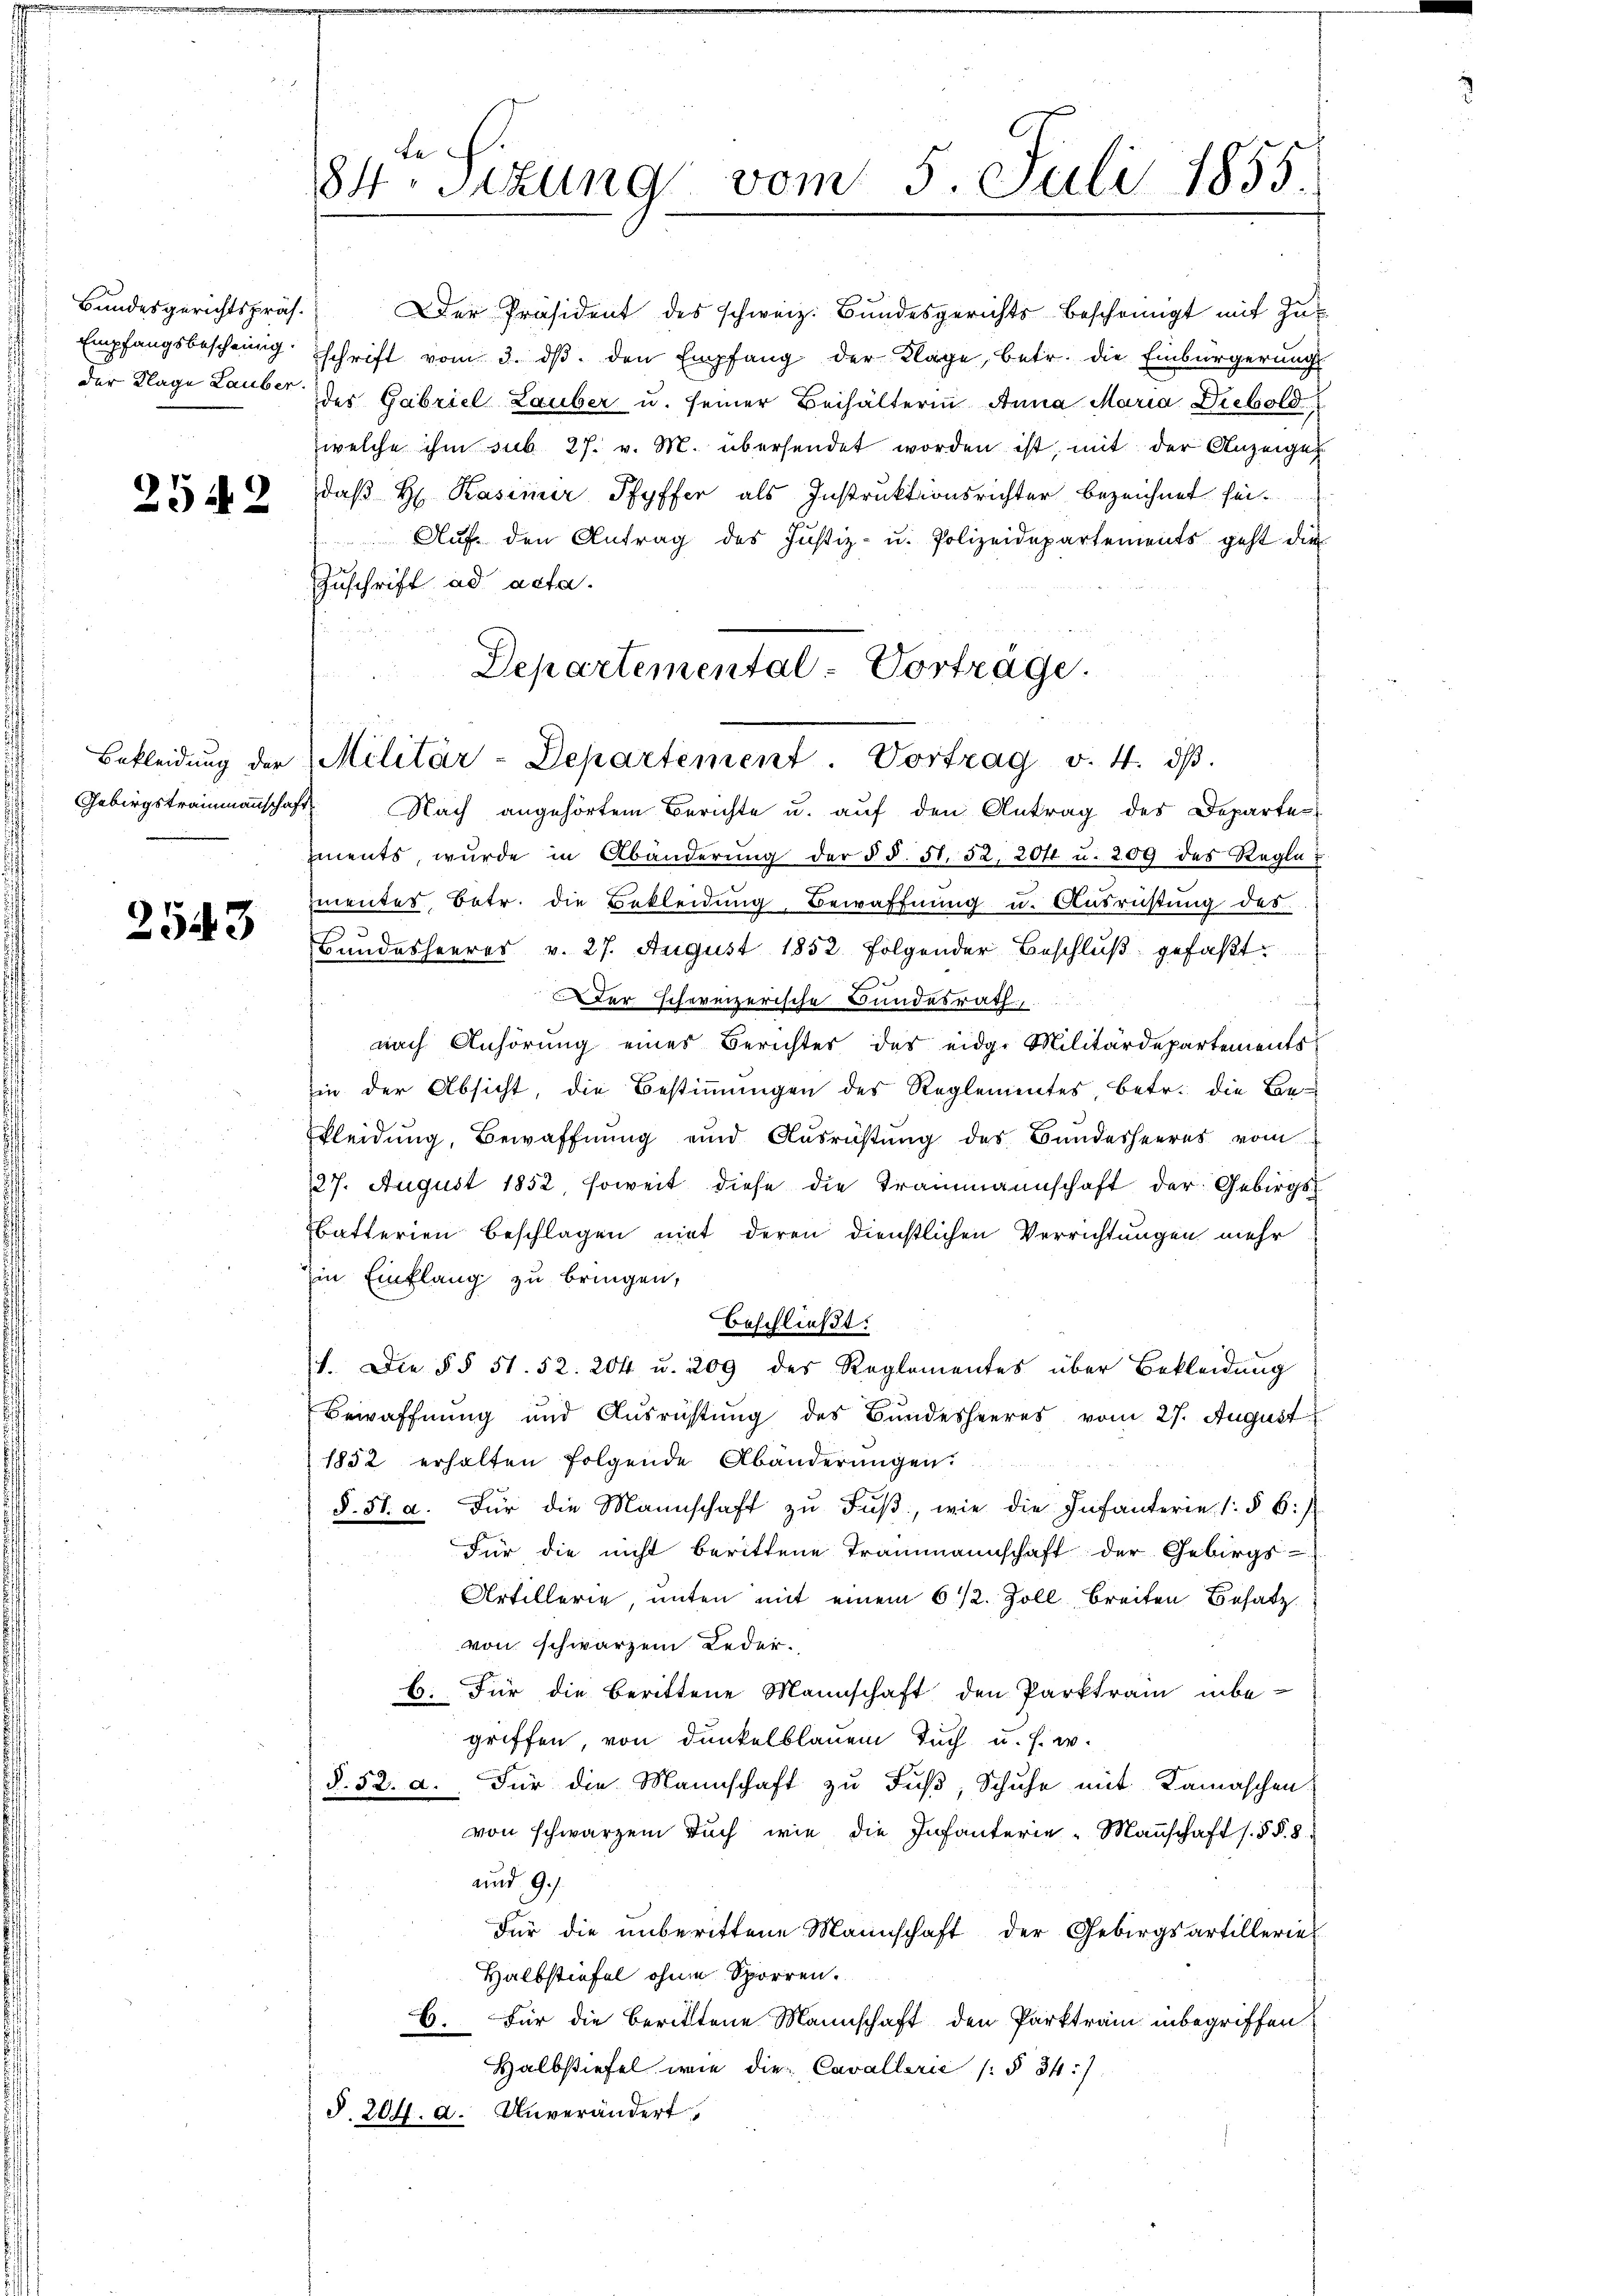
Bundesgerichtspräs.
Empfangsbescheinig.

2542

Gebirgstrammannschaft

2543

e
84. Sitzung vom 5. Juli 1855.

daß Hr. Kasimir Pfyffer als Instruktionsrichter bezeichnet sei.
Aŭf den Antrag des Justiz- u. Polizeidepartements geht die
Zuschrift ad acta.
Nach angehörtem Berichte u. auf den Antrag des Departen
zments, wurde in Abänderŭng der § §. 51. 52. 204 u. 209 des Regla
zmenter Betr. die Bekleidung, Bewaffnung u. Ausrüstung des
Bundesheeres v. 27. August 1852. Folgender Beschluß gefaßt
Der schereizerische Bundesrath,
nach Anhörung eines Berichter der eidg. Militärdepartements
in der Absicht, die Bestimmungen des Reglementes betr. die Bekleidung, Bewaffnŭng und Ausrichtŭng des Bundesheeres vom
127. August 1852, soweit diese die Trammannschaft der Gebirgs-
batterien Beschlagen mit deren dienstlichen Verrichtungen mehr
in Einflang zu bringen,
beschließt:
1. Die §§ 51. 52. 204 u. 209 des Reglementes über Bekleidung
Bewaffnung und Ausrichtung des Bundesheeres vom 27. August
1852 erhalten folgende Abänderŭngen
§. 5. d. Für die Mannschaft zŭ Fŭβ wie die Infanterie s. § 6:/
Für die nicht berittene Trammannschaft der Gebirgs-
Artillerie, unten mit einem 6 1/2. Zoll, Breiten Besatz
von schwarzen Leder.
b. Für die berittene Mannschaft den Parktrain inbe-
griffen, von dunkelblauem Tuch u. s. w.
§. 52. d. Für die Mannschaft zu Fuß, Schuhe mit Kamaschen
von schwarzem Buch wie die Infanterie-Mannschaft s. §§ 8
und 9.
Für die unberittene Mannschaft der Gebirgsartilleriel
Halbstiefel ohne Sporren.
6. Für die berittene Mannschaft den Parktram inbegriffen
Halbstiefel wie die Cavallerić [§ 34)
§. 204. d. Unverändert

Der Präsident des schweiz. Bundesgerichtsbescheinigt mit Zuschrift vom 3. dβ den Empfang der Klage, betr. die Einbürgerung
der Klage Lauber der Gabriel Lauber u. seiner Beihälterin Anna Maria Diebold
welche ihm sub 27. v. M. übersendet worden ist, mit der Anzeigen

Departemental-Vorträge.
Bekleidŭng der Militär-Departement. Vortrag v. 4. dβ.